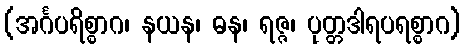
(အင်္ဂပရိစ္စာဂ၊ နယန၊ ဓန၊ ရဇ္ဇ၊ ပုတ္တဒါရပရစ္စာဂ)